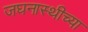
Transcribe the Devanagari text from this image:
जघनास्थीच्या